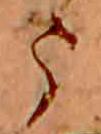
う